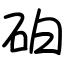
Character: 砶